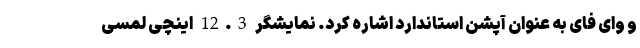
و وای فای به عنوان آپشن استاندارد اشاره کرد. نمایشگر 12.3 اینچی لمسی